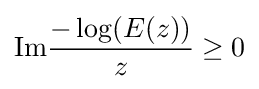
{\text{Im}}{\frac {-\log(E(z))}{z}}\geq 0